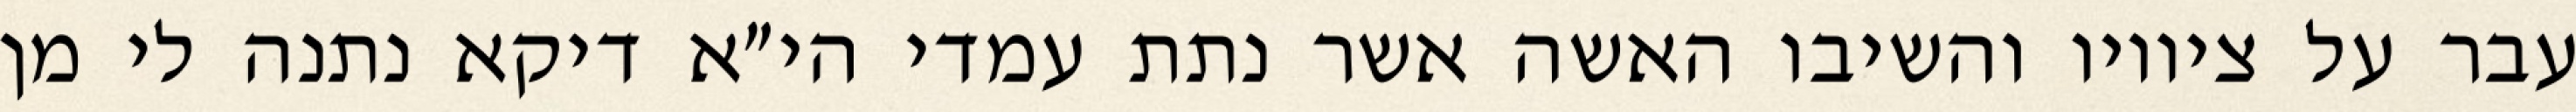
עבר על ציוויו והשיבו האשה אשר נתת עמדי הי״א דיקא נתנה לי מן